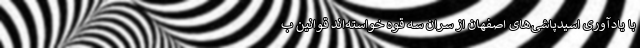
با یادآوری اسیدپاشی‌های اصفهان از سران سه قوه خواسته‌اند قوانین ب